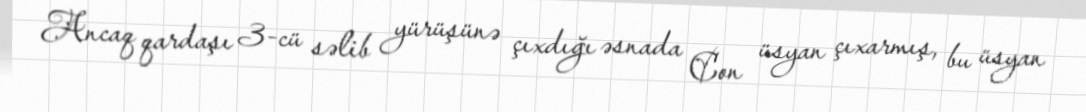
Ancaq qardaşı 3-cü səlib yürüşünə çıxdığı əsnada Con üsyan çıxarmış, bu üsyan